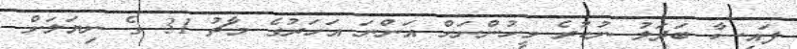
ފައިސާ ބަދަލު ނުކުރެ މީހުންނަށް އަންނަ އަހަރުގެ މާޗު 31 ގެ ނިޔަލަށް